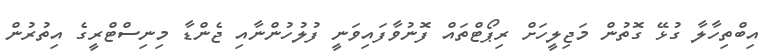
އިބްތިހާލާ ގުޅޭ ގޮތުން މަޖިލީހަށް ރިޕޯޓްތައް ފޮނުވާފައިވަނީ ފުލުހުންނާއި ޖެންޑާ މިނިސްޓްރީގެ އިތުރުން